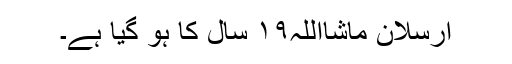
ارسلان ماشااللہ١٩ سال کا ہو گیا ہے۔